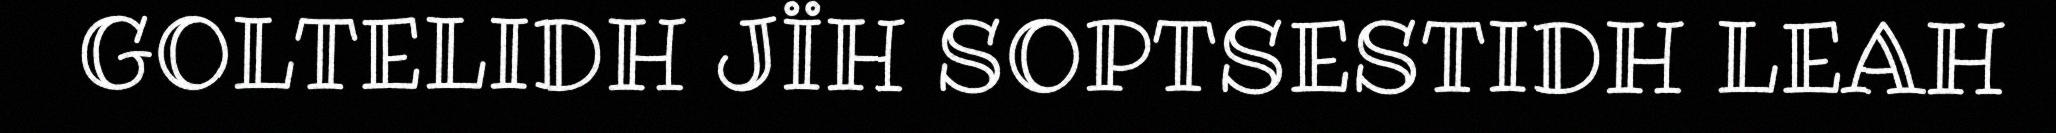
GOLTELIDH JÏH SOPTSESTIDH LEAH